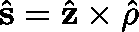
\hat { \mathbf { s } } = \hat { \mathbf { z } } \times \hat { \mathbf { \rho } }